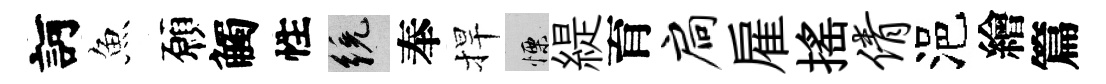
訶魚願觸性統奉捍慄緹育扃雇揺倩浥繪篇